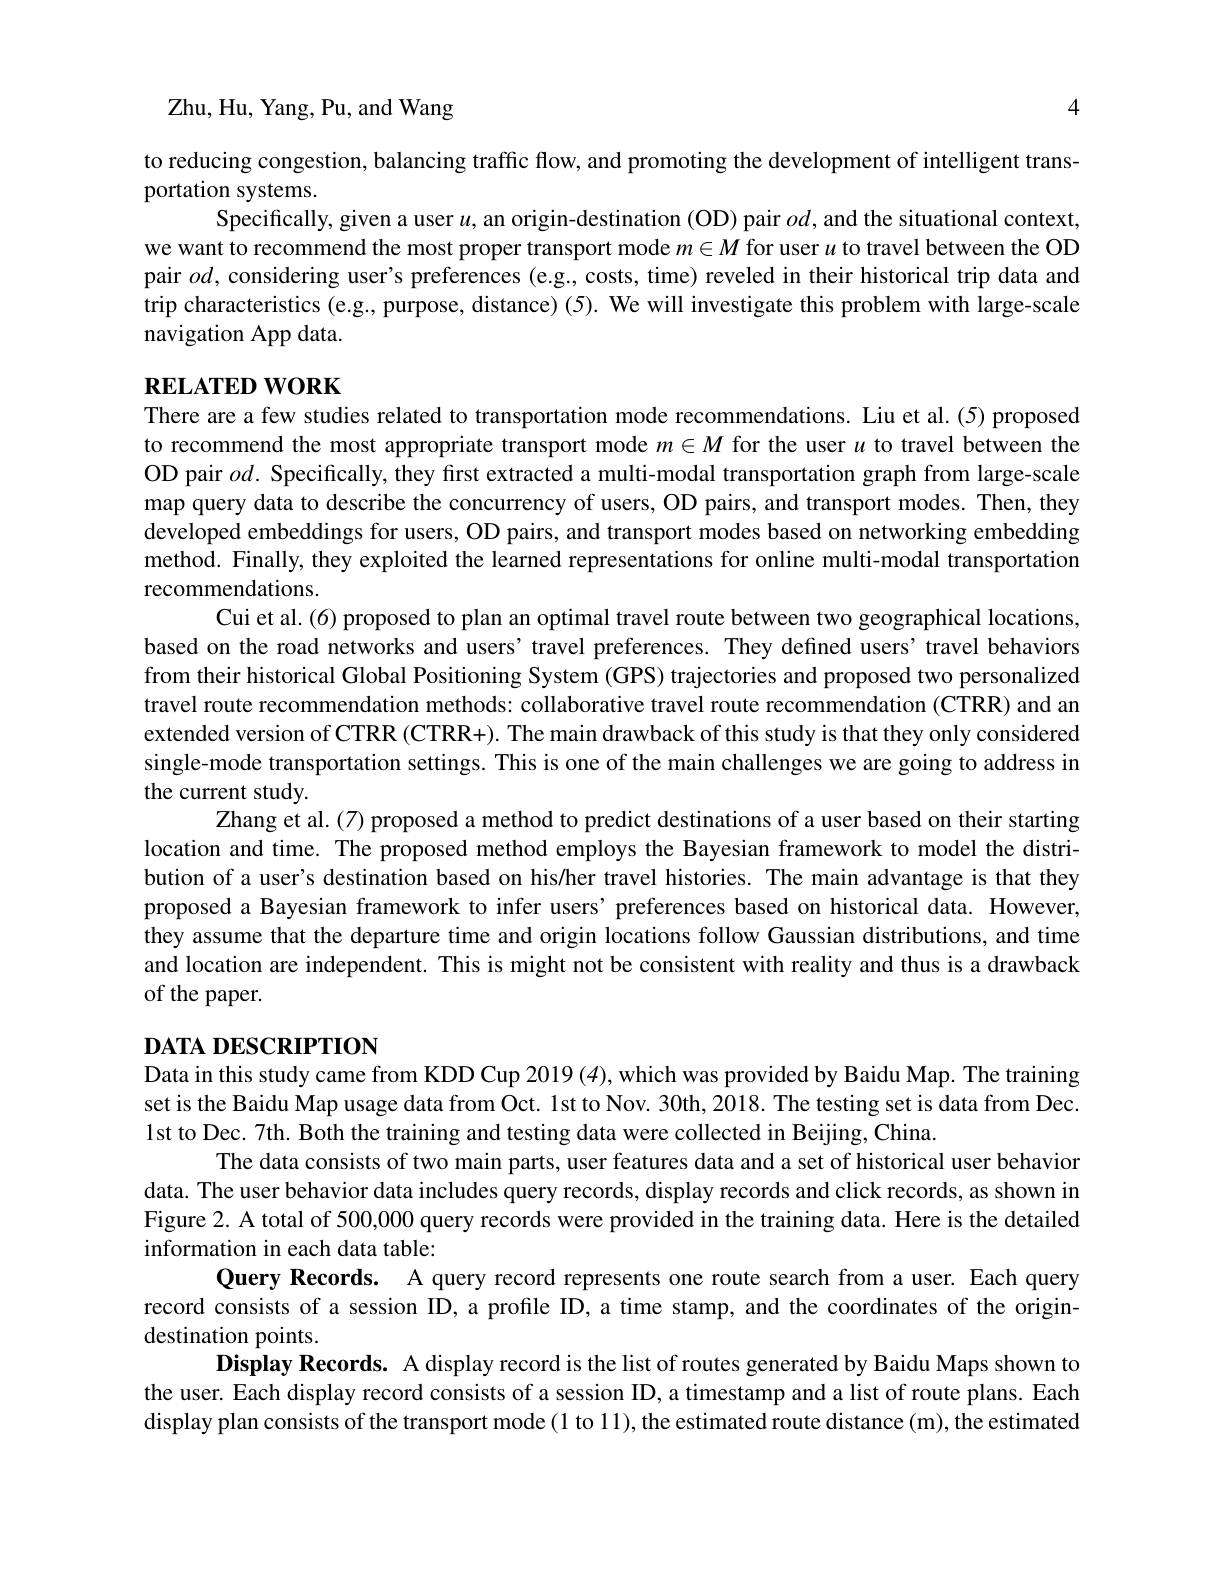
Zhu, Hu, Yang, Pu, and Wang

4

to reducing congestion, balancing traffic flow, and promoting the development of intelligent trans-

portation systems.
Specifically, given a user $u$, an origin-destination (OD) pair $od$,and the situational context,
we want to recommend the most proper transport mode $m\in M$ for user $u$ to travel between the OD pair $od$, considering user's preferences (e.g.. costs, time) reveled in their historical trip data and trip characteristics (e.g., purpose, distance) (5). We will investigate this problem with large-scale navigation App data.

# $\mathbf{RELATEDWORK}$

There are a few studies related to transportation mode recommendations. Liu et al.(5) proposed to recommend the most appropriate transport mode $m\in M$ for the user $\iota$ to travel between the OD pair $od.$ Specifically, they first extracted a multi-modal transportation graph from large-scale map query data to describe the concurrency of users, OD pairs, and transport modes. Then, they developed embeddings for users, OD pairs, and transport modes based on networking embedding method. Finally, they exploited the learned representations for online multi-modal transportation recommendations.
Cui et al. (6) proposed to plan an optimal travel route between two geographical locations,
based on the road networks and users' travel preferences. They defined users’travel behaviors from their historical Global Positioning System (GPS) trajectories and proposed two personalized travel route recommendation methods: collaborative travel route recommendation (CTRR) and an extended version of CTRR (CTRR+). The main drawback of this study is that they only considered single-mode transportation settings. This is one of the main challenges we are going to address in the current study
Zhang et al.(7) proposed a method to predict destinations of a user based on their starting
location and time. The proposed method employs the Bayesian framework to model the distribution of a user's destination based on his/her travel histories. The main advantage is that they proposed a Bayesian framework to infer users’preferences based on historical data. However, they assume that the departure time and origin locations follow Gaussian distributions, and time and location are independent. This is might not be consistent with reality and thus is a drawback of the paper.
$\mathbf{D}_{\textbf{АТА DESCRIРТION}}$

Data in this study came from KDD Cup 2019 (4), which was provided by Baidu Map. The training set is the Baidu Map usage data from Oct. lst to Nov. 30th,2018. The testing set is data from Dec. lst to Dec. 7th. Both the training and testing data were collected in Beijing, China
The data consists of two main parts, user features data and a set of historical user behavior
data. The user behavior data includes query records, display records and click records, as shown in Figure 2. A total of 500,000 query records were provided in the training data. Here is the detailed information in each data table:
Query Records. A query record represents one route search from a user. Each query
record consists of a session ID, a profile ID, a time stamp, and the coordinates of the origin-
destination points.
Display Records. A display record is the list of routes generated by Baidu Maps shown to
the user. Each display record consists of a session ID, a timestamp and a list of route plans. Each display plan consists of the transport mode (1 to 11), the estimated route distance (m), the estimated